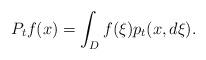
LaTeX: \begin{align*}P_t f(x)=\int _D f(\xi)p_t(x,d\xi).\end{align*}